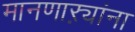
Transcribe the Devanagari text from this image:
मानणाऱ्यांना